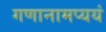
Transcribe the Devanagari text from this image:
गणानामप्ययं